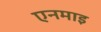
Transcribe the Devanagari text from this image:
एनमाइ